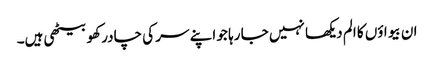
ان بیواؤں کا الم دیکھا نہیں جا رہا جو اپنے سر کی چادر کھو بیٹھی ہیں۔